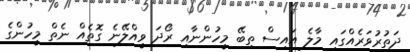
ދަތުރުވަރެއްގައި މާލެ އައިސް ތިބޭ މީހުންނާއި ރޯދަ ވީއްލޭނެ ގޮތެއް ނެތް މީހުންގެ